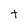
Character: t